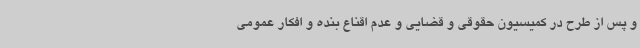
و پس از طرح در کمیسیون حقوقی و قضایی و عدم اقناع بنده و افکار عمومی